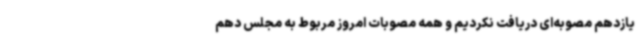
یازدهم مصوبه‌ای دریافت نکردیم و همه مصوبات امروز مربوط به مجلس دهم